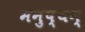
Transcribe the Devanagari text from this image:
मनुष्यन्